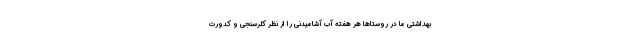
بهداشتی ما در روستاها هر هفته آب آشامیدنی را از نظر کلرسنجی و کدورت